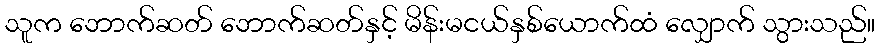
သူက ဘောက်ဆတ် ဘောက်ဆတ်နှင့် မိန်းမငယ်နှစ်ယောက်ထံ လျှောက် သွားသည်။